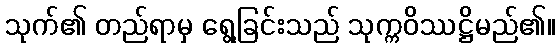
သုက်၏ တည်ရာမှ ရွေ့ခြင်းသည် သုက္ကဝိဿဋ္ဌိမည်၏။